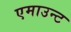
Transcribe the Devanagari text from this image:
एमाउन्ट